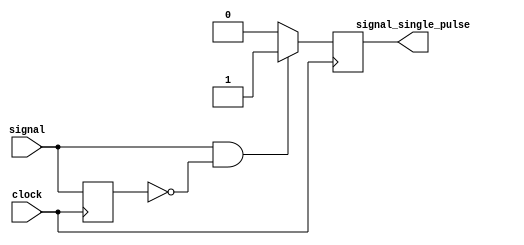
module OnePulse (
	output reg signal_single_pulse,
	input wire signal,
	input wire clock
	);
	
	reg signal_delay;

	always @(posedge clock) begin
		if (signal == 1'b1 & signal_delay == 1'b0)
		  signal_single_pulse <= 1'b1;
		else
		  signal_single_pulse <= 1'b0;

		signal_delay <= signal;
	end
endmodule